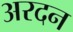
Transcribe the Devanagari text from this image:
अरदन